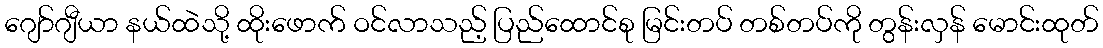
ဂျော်ဂျီယာ နယ်ထဲသို့ ထိုးဖောက် ဝင်လာသည့် ပြည်ထောင်စု မြင်းတပ် တစ်တပ်ကို တွန်းလှန် မောင်းထုတ်